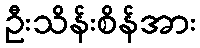
ဦးသိန်းစိန်အား